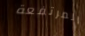
المرتفعة